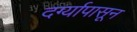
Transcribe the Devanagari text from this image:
दर्ग्यापासून